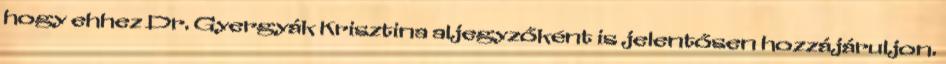
hogy ehhez Dr. Gyergyák Krisztina aljegyzőként is jelentősen hozzájáruljon.